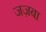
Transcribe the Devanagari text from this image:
जज़बा